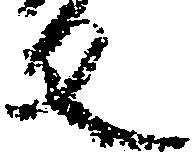
反